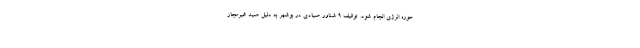
حوزه انرژی انجام شود. توقیف ۹ شناور صیادی در بوشهر به دلیل صید غیرمجاز